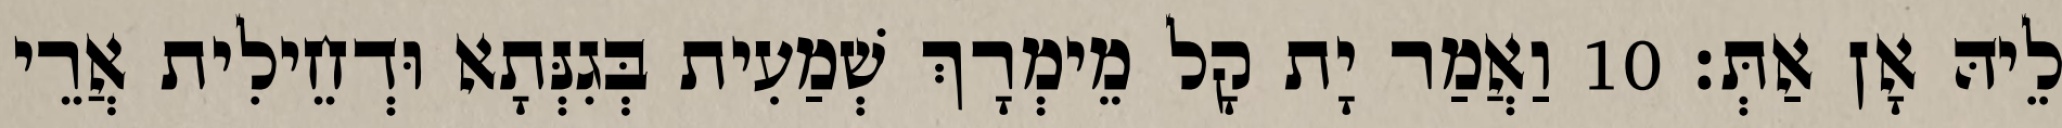
לֵיהּ אָן אַתְּ׃ 10 וַאֲמַר יָת קָל מֵימְרָךְ שְׁמַעִית בְּגִנְּתָא וּדְחֵילִית אֲרֵי